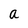
Character: a